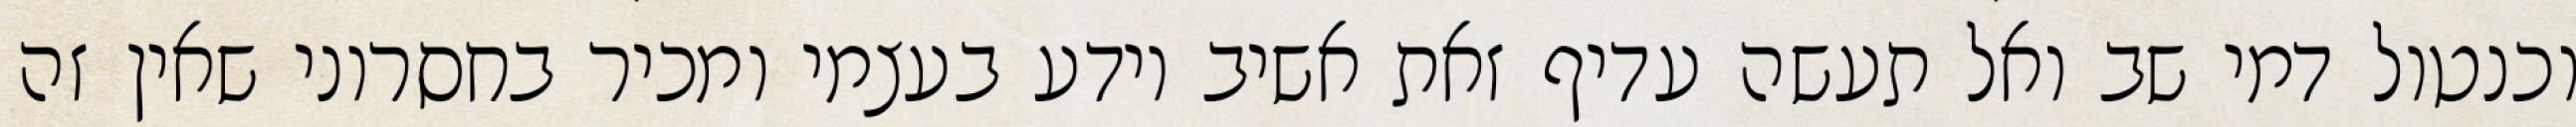
וכנטול דמי שב ואל תעשה עדיף זאת אשיב יודע בעצמי ומכיר בחסרוני שאין זה